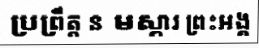
ប្រព្រឹត្ត ន មស្ការ ព្រះអង្គ